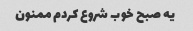
یه صبح خوب شروع کردم ممنون